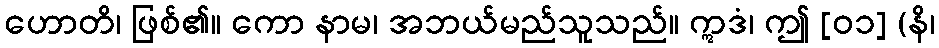
ဟောတိ၊ ဖြစ်၏။ ကော နာမ၊ အဘယ်မည်သူသည်။ ဣဒံ၊ ဤ [၀၁] (နိ၊